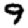
Digit: 9